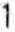
1